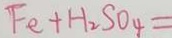
F e + H _ { 2 } S O _ { 4 } =